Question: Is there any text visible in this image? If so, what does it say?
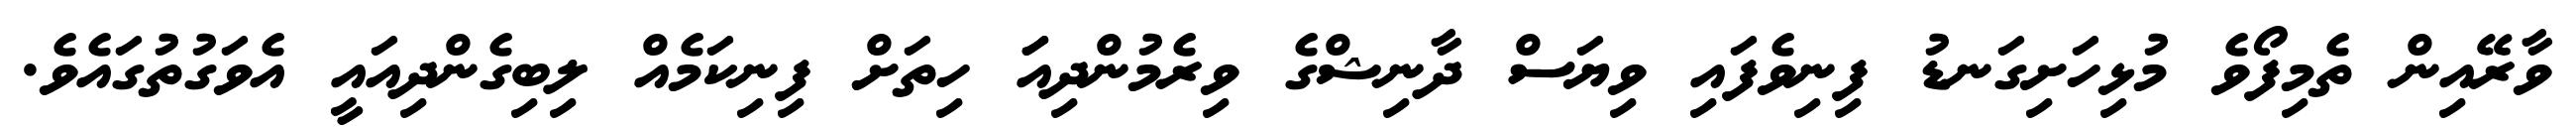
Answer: ވާރޭއިން ތެމިފޯވެ މުޅިހަށިގަނޑު ފިނިވެފައި ވިޔަސް ދާނިޝްގެ ވިރެމުންދިއަަ ހިތަށް ފިނިކަމެއް ލިބިގެންދިއައީ އެވަގުތުގައެވެ.